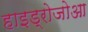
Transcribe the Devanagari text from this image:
हाइड्रोजोआ